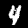
Digit: 4